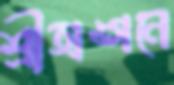
শ্রীঅঙ্গনে